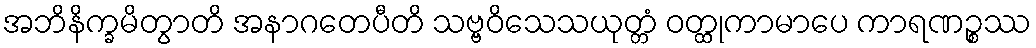
အဘိနိက္ခမိတွာတိ အနာဂတေပီတိ သဗ္ဗဝိသေသယုတ္တံ ဝတ္ထုကာမာပေ ကာရဏဉ္စဿ